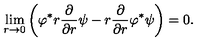
\lim _ { r \to 0 } \left( \varphi ^ { \ast } r { \frac { \partial } { \partial r } } \psi - r { \frac { \partial } { \partial r } } \varphi ^ { \ast } \psi \right) = 0 .